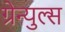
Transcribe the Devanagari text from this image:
ग्रेन्युल्स